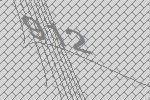
912